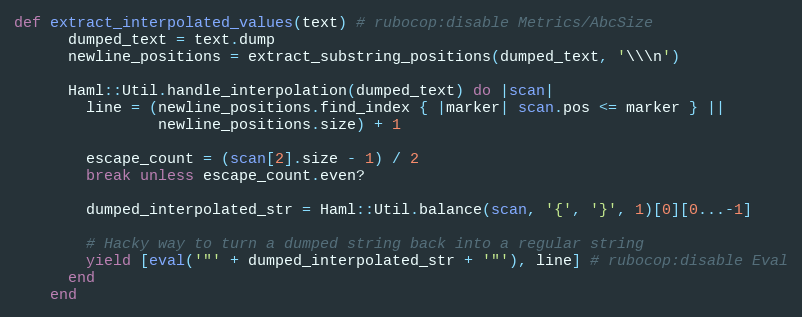
Language: Ruby
def extract_interpolated_values(text) # rubocop:disable Metrics/AbcSize
      dumped_text = text.dump
      newline_positions = extract_substring_positions(dumped_text, '\\\n')

      Haml::Util.handle_interpolation(dumped_text) do |scan|
        line = (newline_positions.find_index { |marker| scan.pos <= marker } ||
                newline_positions.size) + 1

        escape_count = (scan[2].size - 1) / 2
        break unless escape_count.even?

        dumped_interpolated_str = Haml::Util.balance(scan, '{', '}', 1)[0][0...-1]

        # Hacky way to turn a dumped string back into a regular string
        yield [eval('"' + dumped_interpolated_str + '"'), line] # rubocop:disable Eval
      end
    end